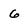
Character: 6